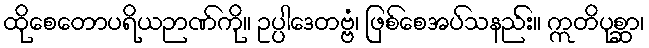
ထိုစေတောပရိယဉာဏ်ကို။ ဥပ္ပါဒေတဗ္ဗံ၊ ဖြစ်စေအပ်သနည်း။ ဣတိပုစ္ဆာ၊